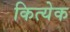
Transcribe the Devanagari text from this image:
कित्‍येक